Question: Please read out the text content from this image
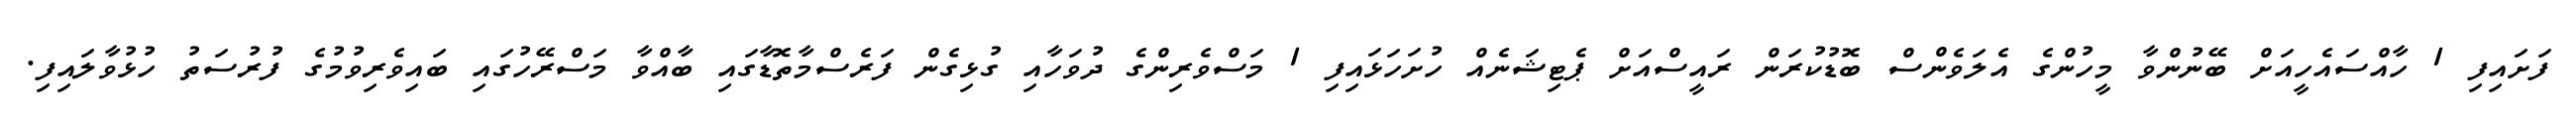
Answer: ފަށައިފި 1 ހާއްސައެހީއަށް ބޭނުންވާ މީހުންގެ އެލަވެންސް ބޮޑުކުރަން ރައީސްއަށް ޕެޓިޝަނެއް ހުށަހަޅައިފި 1 މަސްވެރިންގެ ދުވަހާއި ގުޅިގެން ފަރެސްމާތޮޑާގައި ބާއްވާ މަސްރޭހުގައި ބައިވެރިވުމުގެ ފުރުސަތު ހުޅުވާލައިފި.